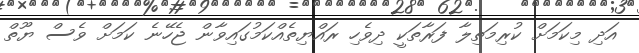
އަދި މިކަމަށް ކުރިމަތިލާ ފަރާތަކީ ދިވެހި ރައްޔިތެއްކަމުގައިވާން ޖެހޭނެ ކަމަށް ވެސް ޔޫތް